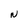
Character: N